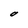
Character: O